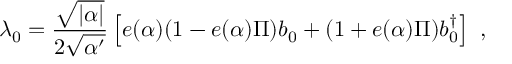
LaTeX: \lambda _ { 0 } = \frac { \sqrt { | \alpha | } } { 2 \sqrt { \alpha ^ { \prime } } } \left[ e ( \alpha ) ( 1 - e ( \alpha ) \Pi ) b _ { 0 } + ( 1 + e ( \alpha ) \Pi ) b _ { 0 } ^ { \dagger } \right] ~ ,